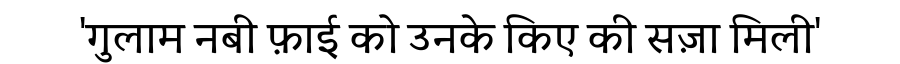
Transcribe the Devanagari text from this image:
'गुलाम नबी फ़ाई को उनके किए की सज़ा मिली'